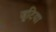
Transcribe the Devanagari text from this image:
जूटिया